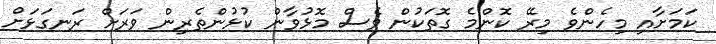
ކަމަށާއި މިހެންވެ މިރޭ ކޮންމެ ގޮތަކުން ވެސް މޮޅުވާން ކުޅުންތެރިން ވަރަށް ރަނގަޅަށް